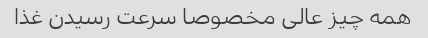
همه چیز عالی مخصوصا سرعت رسیدن غذا